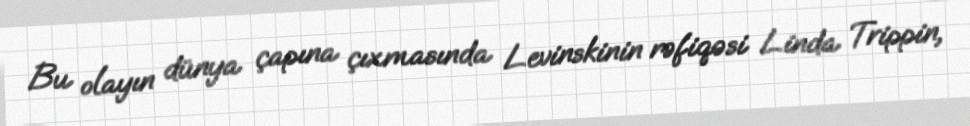
Bu olayın dünya çapına çıxmasında Levinskinin rəfiqəsi Linda Trippin,